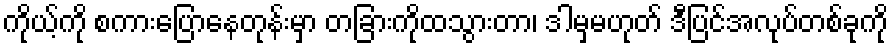
ကိုယ့်ကို စကားပြောနေတုန်းမှာ တခြားကိုထသွားတာ၊ ဒါမှမဟုတ် ဒီပြင်အလုပ်တစ်ခုကို